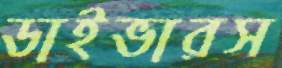
ডাইভারস